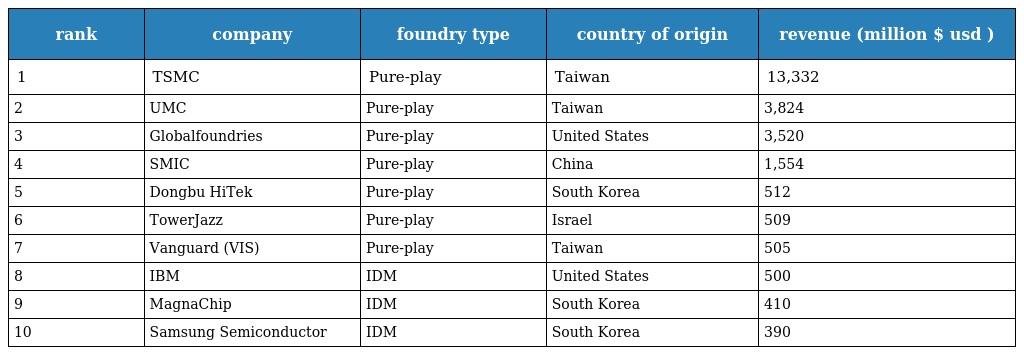
| rank | company | foundry type | country of origin | revenue (million $ usd ) |
 | --- | --- | --- | --- | --- |
 | 1 | TSMC | Pure-play | Taiwan | 13,332 |
 | 2 | UMC | Pure-play | Taiwan | 3,824 |
 | 3 | Globalfoundries | Pure-play | United States | 3,520 |
 | 4 | SMIC | Pure-play | China | 1,554 |
 | 5 | Dongbu HiTek | Pure-play | South Korea | 512 |
 | 6 | TowerJazz | Pure-play | Israel | 509 |
 | 7 | Vanguard (VIS) | Pure-play | Taiwan | 505 |
 | 8 | IBM | IDM | United States | 500 |
 | 9 | MagnaChip | IDM | South Korea | 410 |
 | 10 | Samsung Semiconductor | IDM | South Korea | 390 |